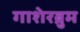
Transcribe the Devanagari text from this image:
गाशेरब्रुम